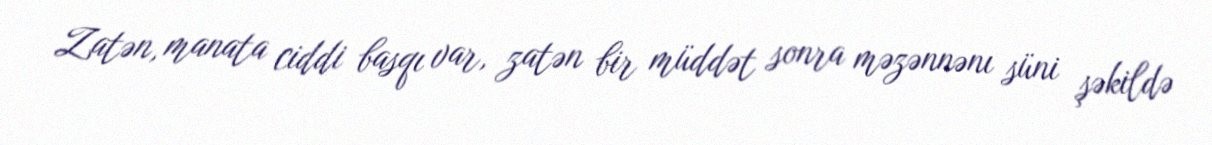
Zatən, manata ciddi basqı var, zatən bir müddət sonra məzənnənı süni şəkildə